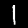
Label: 1